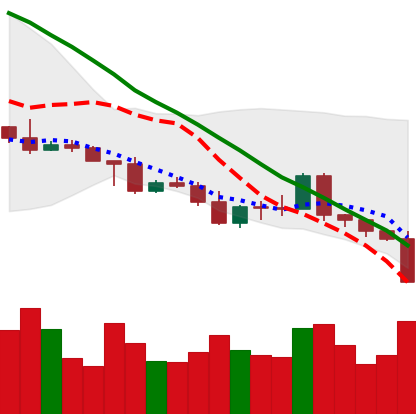
Ticker: NEO-USD
Chart end date: 2022-05-09
Forward return: -20.89%
Label: down_7plus